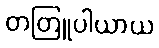
တတြူပါယာယ